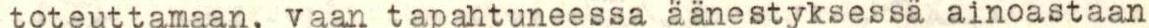
toteuttamaan, vaan tapahtuneessa äänestyksessä ainoastaan